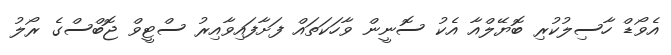
އެވޯޑް ހާސިލުކުރި ބޮޔޭލްއާ އެކު ސޮނީން ވާހަކަތައް ފަށާފައިވާއިރު ސްޓީވް ޖޮބްސްގެ ރޯލު